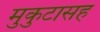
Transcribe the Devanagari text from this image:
मुकुटासह